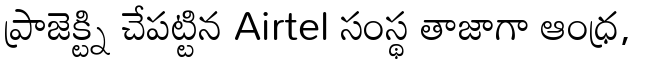
ప్రాజెక్ట్ని చేపట్టిన Airtel సంస్థ తాజాగా ఆంధ్ర,